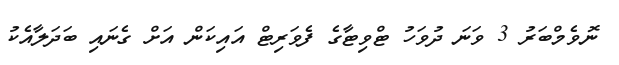
ނޮވެމްބަރު 3 ވަނަ ދުވަހު ޓްވިޓާގެ ފެވަރިޓް އައިކަން އަށް ގެނައި ބަދަލާއެކު